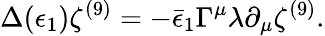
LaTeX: \Delta(\epsilon_{1})\zeta^{(9)}=-\bar{\epsilon}_{1}\Gamma^{\mu}\lambda\partial_{\mu}\zeta^{(9)}.